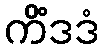
ကိံဒဒံ